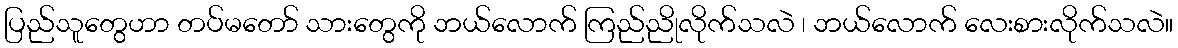
ပြည်သူတွေဟာ တပ်မတော် သားတွေကို ဘယ်လောက် ကြည်ညိုလိုက်သလဲ ၊ ဘယ်လောက် လေးစားလိုက်သလဲ။